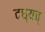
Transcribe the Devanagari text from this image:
दध्यच्